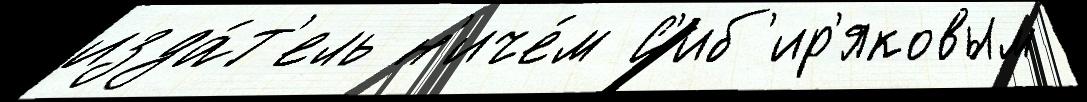
изда́т'ель н'иче́м С'иб'ир'яковым